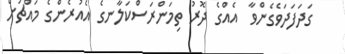
ގަދަފަދަވެގެންވާ  އެއްގެ ދޮރު ތިމަންރަސްކަލާނގެ އެއުރެންގެ މައްޗަށް